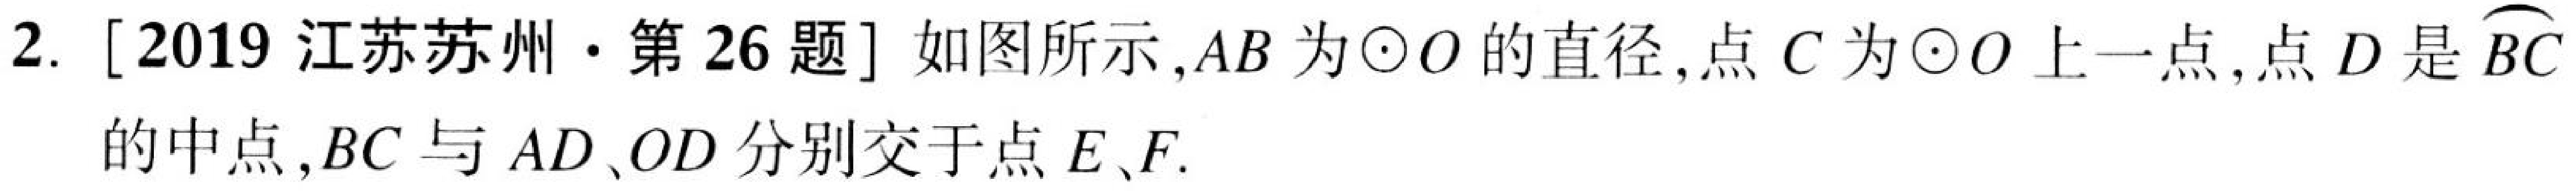
2. [2019 江苏苏州·第 26 题] 如图所示，\(AB\)为\(\odot O\)的直径，点\(C\)为\(\odot O\)上一点，点\(D\)是\(\overset{\frown}{BC}\)的中点，\(BC\)与 \(AD\)、\(OD\) 分别交于点 \(E\)、\(F\).